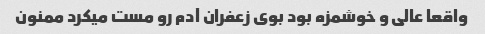
واقعا عالی و خوشمزه بود بوی زعفران آدم رو مست میکرد ممنون